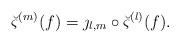
LaTeX: \begin{align*}\breve{\varsigma}^{(m)}(f)=\jmath_{l,m}\circ\breve{\varsigma}^{(l)}(f).\end{align*}